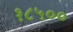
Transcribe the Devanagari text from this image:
१८५००